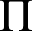
\Pi